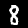
Label: 8